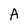
Character: A